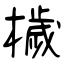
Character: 檅